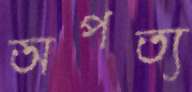
অপত্য